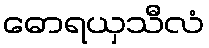
ဓောရယှသီလံ